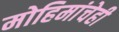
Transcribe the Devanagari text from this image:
मोहिमांचेही